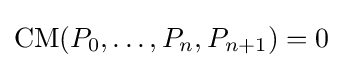
\operatorname {CM} (P_{0},\ldots ,P_{n},P_{n+1})=0